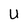
Character: U